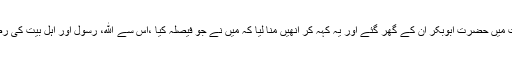
عامر شعبی کی روایت ہے کہ سیدہ فاطمہ کے مرض وفات میں حضرت ابوبکر ان کے گھر گئے اور یہ کہہ کر انھیں منا لیا کہ میں نے جو فیصلہ کیا ،اس سے ﷲ، رسول اور اہل بیت کی رضا جوئی مقصود تھی (السنن الکبریٰ، بیہقی، رقم ۱۲۷۳۵)۔